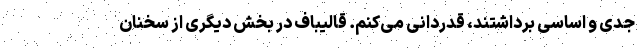
جدی و اساسی برداشتند، قدردانی می‌کنم. قالیباف در بخش دیگری از سخنان